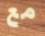
مع